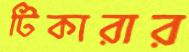
টিকারার